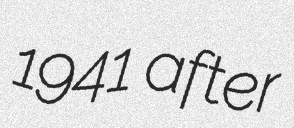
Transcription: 1941 after